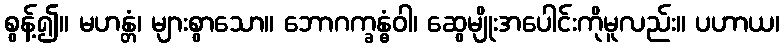
စွန့်၍။ မဟန္တံ၊ များစွာသော။ ဘောဂက္ခန္ဓံဝါ၊ ဆွေမျိုးအပေါင်းကိုမူလည်း။ ပဟာယ၊